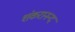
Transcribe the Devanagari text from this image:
शंकरानन्द